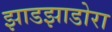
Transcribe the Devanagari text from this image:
झाडझाडोरा